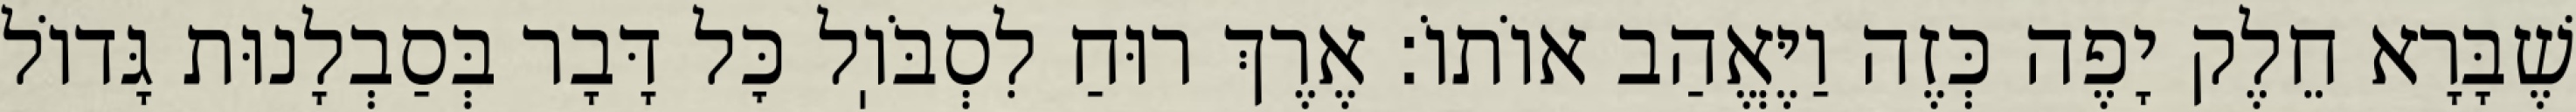
שֶׁבָּרָא חֵלֶק יָפֶה כְּזֶה וַיֶּאֱהַב אוֹתוֹ: אֶרֶךְ רוּחַ לִסְבֹּוֽל כׇּל דָּבָר בְּסַבְלָנוּת גָּדוֹל